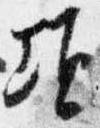
頃